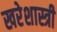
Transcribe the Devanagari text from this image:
खरेशास्त्री